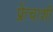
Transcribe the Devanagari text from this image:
फ्रेंचाशी